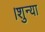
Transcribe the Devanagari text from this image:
।शुन्या